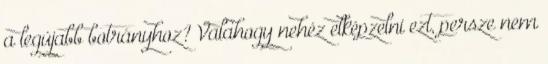
a legújabb botrányhoz? Valahogy nehéz elképzelni ezt, persze nem